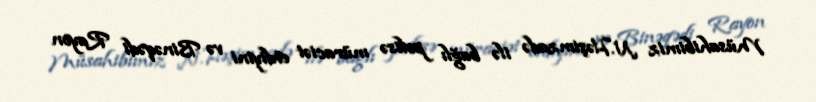
Müsahibimiz N.Həşimzadə ilə bağlı polisə müraciət etdiyini və Binəqədi Rayon